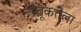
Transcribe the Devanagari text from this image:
अचूकतेला